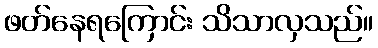
ဖတ်နေရကြောင်း သိသာလှသည်။